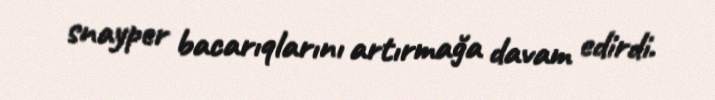
snayper bacarıqlarını artırmağa davam edirdi.